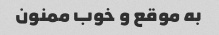
به موقع و خوب ممنون